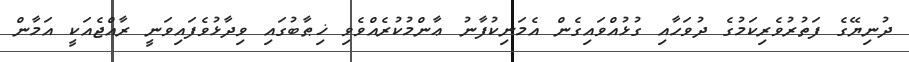
ދުނިޔޭގެ ފަތުރުވެރިކަމުގެ ދުވަހާއި ގުޅުއްވައިގެން އެމަނިކުފާނު ޢާންމުކުރެއްވެވި ޚިޠާބުގައި ވިދާޅުވެފައިވަނީ ރާއްޖެއަކީ އަމާން